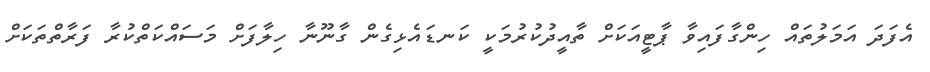
އެފަދަ އަމަލުތައް ހިންގާފައިވާ ޕާޓީއަކަށް ތާއީދުކުރުމަކީ ކަނޑައެޅިގެން ގާނޫނާ ހިލާފަށް މަސައްކަތްކުރާ ފަރާތްތަކަށް